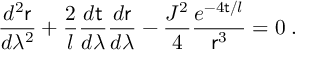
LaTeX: \frac { d ^ { 2 } { \sf r } } { d \lambda ^ { 2 } } + \frac { 2 } { l } \frac { d \sf t } { d \lambda } \frac { d { \sf r } } { d \lambda } - \frac { J ^ { 2 } } { 4 } \frac { e ^ { - 4 { \sf t } / l } } { { \sf r } ^ { 3 } } = 0 \; .